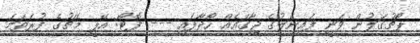
ޕޯޗުގަލުން ވަނީ ފައިނަލުގެ ޖާގައެއް ހޯދާފައި --- ފޮޓޯ: އޭޕީ މެޗުގެ ފުރަތަމަ